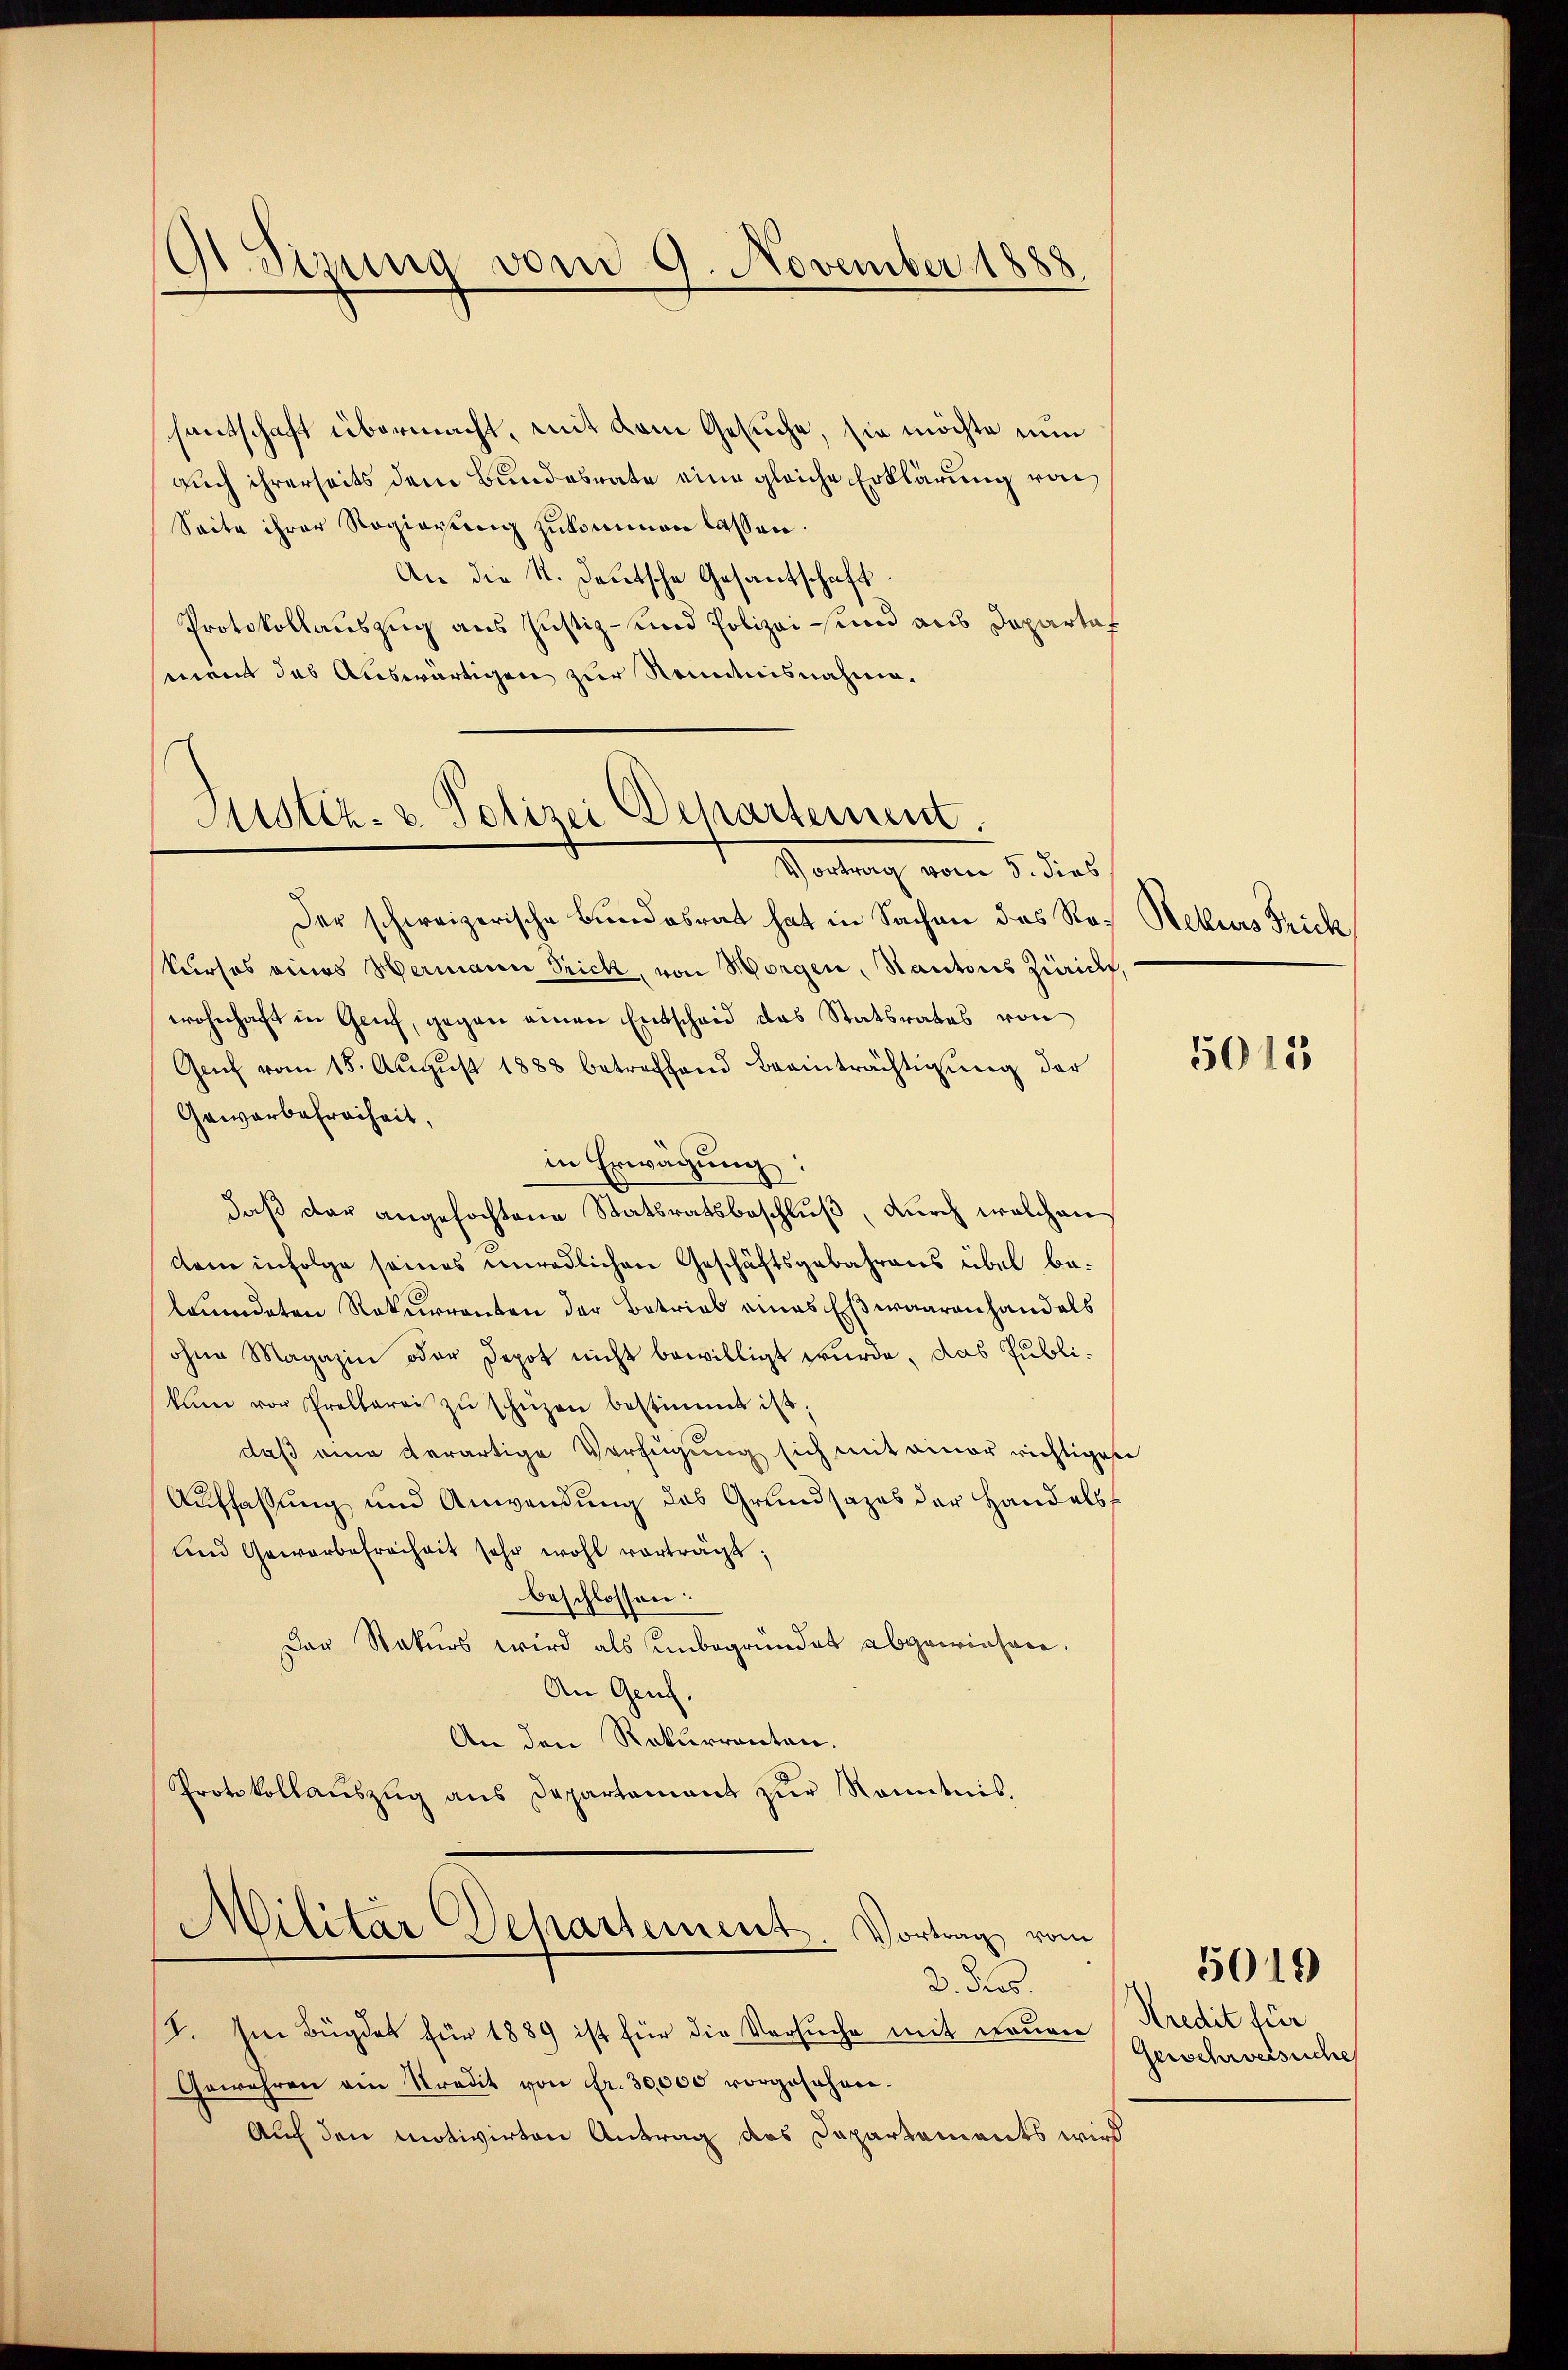
O Sizung vom 9. November 1888

santschaft übermacht, mit dem Gesuche, sie möchte nun
auch ihrerseits dem Bundesrate eine gleiche Erklärung von
Seite ihrer Regierung zukommen lassen.
An die K. Deutsche Gesantschaft.
Protokollauszug aus Justiz- und Polizei sind aus Departal
ment das Auswärtigen zur Kenntnisnahme.

Justiz- & Polizei Departement.
Vortrag vom 5. dies

.
Militär Departement Vortrag vom
2. Pers.

I. Im Bügdat für 1889 ist für die Versuche mit neuen
Gewehren ein Stradit von Fr. 30,000 vorgesehen.
Auf den motivirten Antrag des Dapartaments wird

Der schweizerische Bundesrat hat in Sachen des Roh Rekurs Frick
kurses eines Hermann Frick, von Morgen, Kantons Zürich,
wohnhaft in Genf, gegen einen Entscheid das Statsrates von
Genf vom 15. Aŭgŭst 1883 betreffend Beeinträchtigŭng der
Gewerbefreiheit,
in Erwägung:
daß der angefochtene Statsratsbeschluß, durch welchen
kem infolge seines unredlichen Geschäftsgebahrens übel beleumdeten Rekurrenten der Betrieb eines Esswaarenhandels
ohne Magazin oder Depot nicht bewilligt wurde, das Publikum vor Prollerei zŭ schützen bestimmt ist.
daß eine derartige Verfügung sich mit einer richtigen
Auffassung und Anwendung des Grundsazes der Handelsf
und Gewerbefreiheit sehr wohl vorträgt;
beschlossen:
Der Rekurs wird als unbegründet abgewiesen.
An Genf.
An den Rekurrenten.
Protokollauszug aus Departement zur Kenntnis.

5015

Kredit für
Gewehrversuche

5019